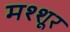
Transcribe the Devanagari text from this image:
मश्शूर